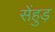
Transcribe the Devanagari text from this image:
सेंहुड़